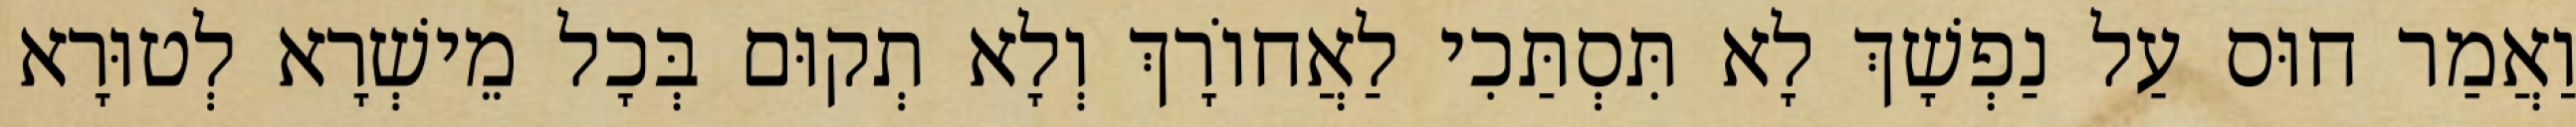
וַאֲמַר חוּס עַל נַפְשָׁךְ לָא תִּסְתַּכִי לַאֲחוֹרָךְ וְלָא תְקוּם בְּכָל מֵישְׁרָא לְטוּרָא